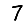
Digit: 7